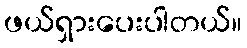
ဖယ်ရှားပေးပါတယ်။